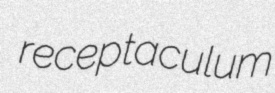
receptaculum